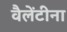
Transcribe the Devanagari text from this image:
वैलेंटीना